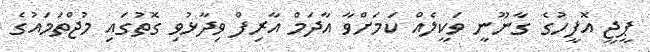
ޕީޖީ އޮފީހުގެ ގާނޫނީ ވަކީލެއް ކަމަށްވާ އާދަމް އާރިފް ވިދާޅުވި ގޮތުގައި މުޖްތަމައުގެ